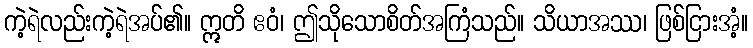
ကဲ့ရဲလည်းကဲ့ရဲအပ်၏။ ဣတိ ဧဝံ၊ ဤသိုသောစိတ်အကြံသည်။ သိယာအဿ၊ ဖြစ်ငြားအံ့။